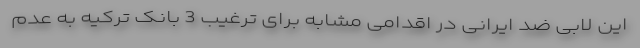
این لابی ضد ایرانی در اقدامی مشابه برای ترغیب 3 بانک ترکیه به عدم